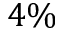
4 \%